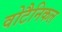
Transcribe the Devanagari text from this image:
वोटैनिकल